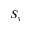
S _ { y }